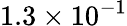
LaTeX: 1.3\times 10^{-1}